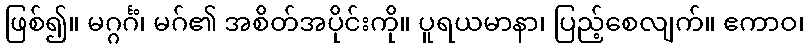
ဖြစ်၍။ မဂ္ဂင်္ဂံ၊ မဂ်၏ အစိတ်အပိုင်းကို။ ပူရယမာနာ၊ ပြည့်စေလျက်။ ဧကာဝ၊